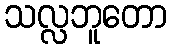
သလ္လဘူတော